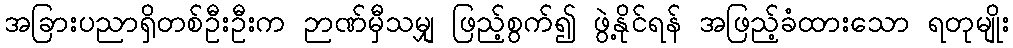
အခြားပညာရှိတစ်ဦးဦးက ဉာဏ်မှီသမျှ ဖြည့်စွက်၍ ဖွဲ့နိုင်ရန် အဖြည့်ခံထားသော ရတုမျိုး